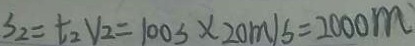
S _ { 2 } = t _ { 2 } V _ { 2 } = 1 0 0 s \times 2 0 m / s = 2 0 0 0 m